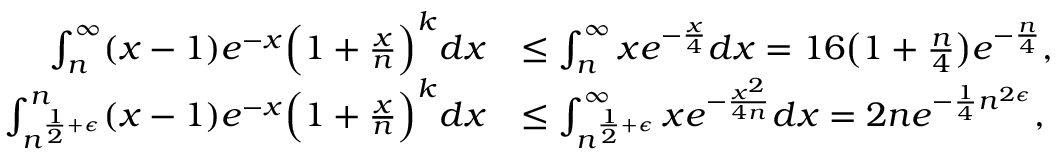
\begin{array} { r l } { \int _ { n } ^ { \infty } ( x - 1 ) e ^ { - x } \Big ( 1 + \frac { x } { n } \Big ) ^ { k } d x } & { \le \int _ { n } ^ { \infty } x e ^ { - \frac { x } { 4 } } d x = 1 6 \big ( 1 + \frac { n } { 4 } \big ) e ^ { - \frac { n } { 4 } } , } \\ { \int _ { n ^ { \frac { 1 } { 2 } + \epsilon } } ^ { n } ( x - 1 ) e ^ { - x } \Big ( 1 + \frac { x } { n } \Big ) ^ { k } d x } & { \le \int _ { n ^ { \frac { 1 } { 2 } + \epsilon } } ^ { \infty } x e ^ { - \frac { x ^ { 2 } } { 4 n } } d x = 2 n e ^ { - \frac { 1 } { 4 } n ^ { 2 \epsilon } } , } \end{array}